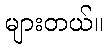
များတယ်။